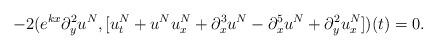
LaTeX: \begin{align*}-2(e^{kx}\partial^2_y u^N,[u^N_t+u^N u_x^N+\partial^3_xu^N-\partial^5_x u^N+\partial^2_y u^N_x])(t)=0. \end{align*}